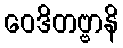
ဝေဒိတဗ္ဗာနိ